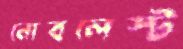
নোবলেস্ট